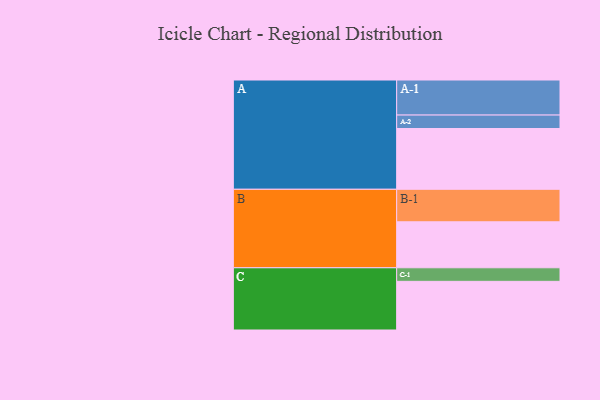
{"axis": {"x": "Segment", "y": "Value"}, "legend": ["", "A", "B", "C"], "data": [{"x": "A", "y": 501, "type": ""}, {"x": "B", "y": 379, "type": ""}, {"x": "C", "y": 401, "type": ""}, {"x": "A-1", "y": 289, "type": "A"}, {"x": "A-2", "y": 111, "type": "A"}, {"x": "B-1", "y": 268, "type": "B"}, {"x": "C-1", "y": 112, "type": "C"}]}